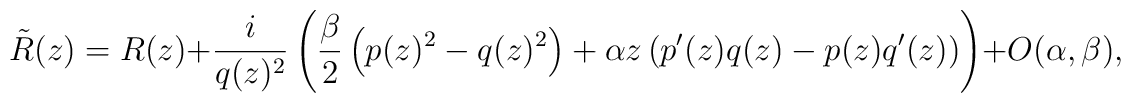
{\tilde R}(z) = R(z) + \frac{i}{q(z)^2} \left(\frac{\beta}{2} \left(p(z)^2 - q(z)^2 \right) + \alpha z \left(p^\prime(z) q(z) - p(z) q^\prime(z)\right)\right) + O(\alpha, \beta),